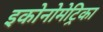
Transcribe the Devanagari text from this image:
इकोनोमेट्रिका